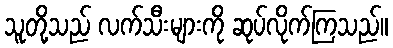
သူတို့သည် လက်သီးများကို ဆုပ်လိုက်ကြသည်။